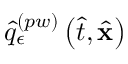
\hat { q } _ { \epsilon } ^ { \left( p w \right) } \left( \hat { t } , \hat { \mathbf { x } } \right)